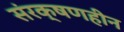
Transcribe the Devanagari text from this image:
संरक्षणहीन